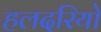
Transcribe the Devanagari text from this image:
हलदरियो